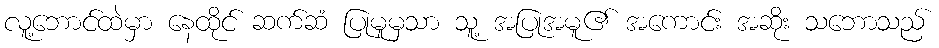
လူ့ဘောင်ထဲမှာ နေထိုင် ဆက်ဆံ ပြုမူမှသာ သူ့ အပြုအမူ၏ အကောင်း အဆိုး သဘောသည်